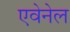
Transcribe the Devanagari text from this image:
एवेनेल